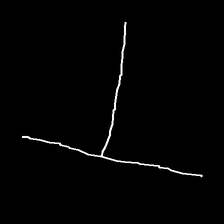
Glyph: column